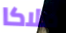
ملاكا